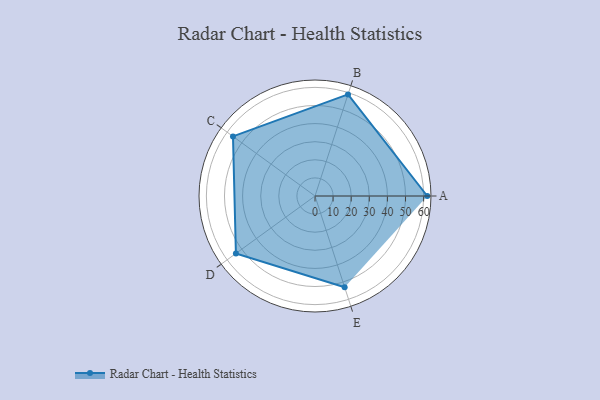
{"axis": {"x": "Skill", "y": "Score"}, "legend": ["Profile"], "data": [{"x": "A", "y": 62.0, "type": "Profile"}, {"x": "B", "y": 59.0, "type": "Profile"}, {"x": "C", "y": 56.0, "type": "Profile"}, {"x": "D", "y": 54.0, "type": "Profile"}, {"x": "E", "y": 53.0, "type": "Profile"}]}